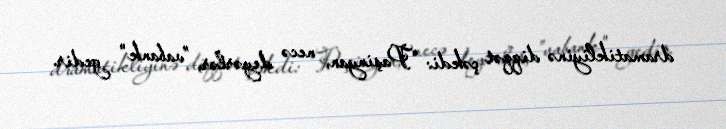
dramatikliyinə diqqət çəkdi: “Paşinyan, necə deyərlər, ”vabank" gedir.